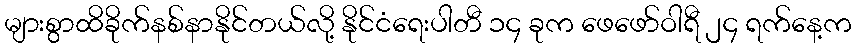
များစွာထိခိုက်နစ်နာနိုင်တယ်လို့ နိုင်ငံရေးပါတီ ၁၄ ခုက ဖေဖော်ဝါရီ ၂၄ ရက်နေ့က